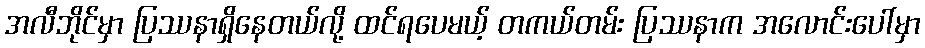
အလီဘိုင်မှာ ပြဿနာရှိနေတယ်လို့ ထင်ရပေမယ့် တကယ်တမ်း ပြဿနာက အလောင်းပေါ်မှာ